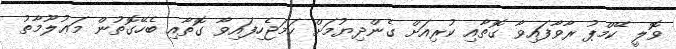
ވޮލީ ކޭމްޕު ރާވާފައިވާ ގޮތާއި ކުރިއަށް ގެންދިޔުމަށް ހަމަޖެހިފައިވާ ގޮތާއި ބެހޭގޮތުން މަޢުލޫމާތު